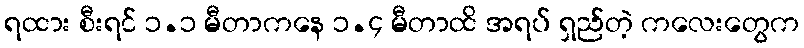
ရထား စီးရင် ၁.၁ မီတာကနေ ၁.၄ မီတာထိ အရပ် ရှည်တဲ့ ကလေးတွေက